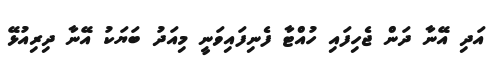
އަދި އޭނާ ދަން ޖެހިފައި ހުއްޓާ ފެނިފައިވަނީ މިއަދު ބަޔަކު އޭނާ ދިރިއުޅޭ